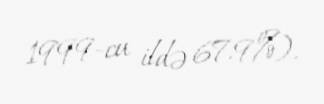
1999-cu ildə 67.9%).